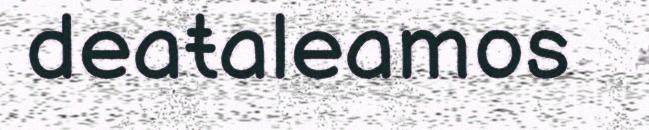
deaŧaleamos